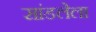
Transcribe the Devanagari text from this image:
सांडलेला